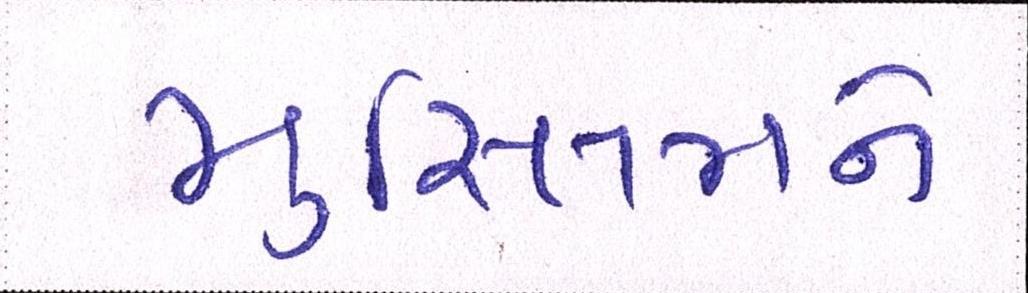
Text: મુસ્લિમને